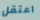
اعتقل